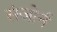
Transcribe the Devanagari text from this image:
संजोर्न